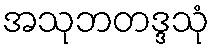
အသုဘတဒ္ဒသုံ